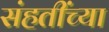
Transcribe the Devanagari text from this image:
संहतींच्या